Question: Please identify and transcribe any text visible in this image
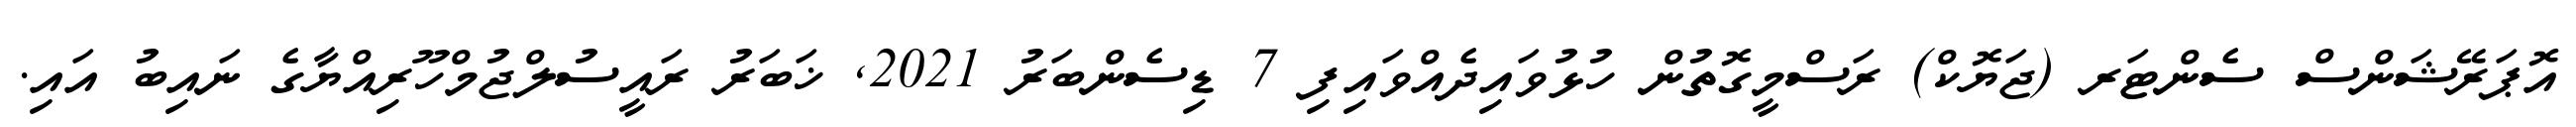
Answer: އޮޕަރޭޝަންސް ސެންޓަރ (ޖަޔޮކް) ރަސްމީގޮތުން ހުޅުވައިދެއްވައިފި 7 ޑިސެންބަރު 2021, ޚަބަރު ރައީސުލްޖުމްހޫރިއްޔާގެ ނައިބު އައި.